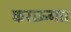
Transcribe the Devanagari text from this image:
कराऊँगा।